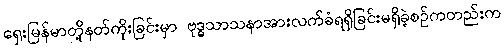
ရှေးမြန်မာတို့နတ်ကိုးခြင်းမှာ ဗုဒ္ဓသာသနာအားလက်ခံရရှိခြင်းမရှိခဲ့စဉ်ကတည်းက